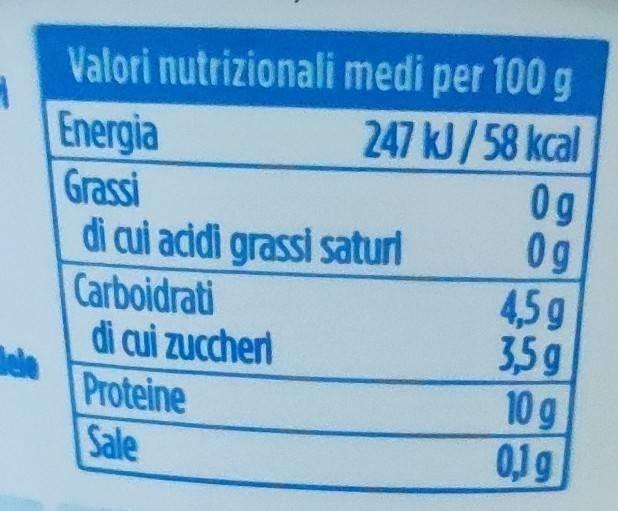
1
Valori nutrizionali
Energia
Grassi
di cui acidi grassi saturi
Carboidrati
di cui zuccheri
Proteine
Sale
medi per 100 g
247 kJ/58 kcal
Og 0g
4,5 g
3,5 g
10 g
0,1 g